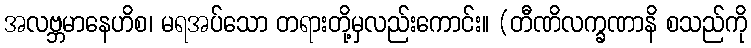
အလဗ္ဘမာနေဟိစ၊ မရအပ်သော တရားတို့မှလည်းကောင်း။ (တီဏိလက္ခဏာနိ စသည်ကို